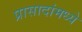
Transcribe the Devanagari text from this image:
प्रासादांमध्ये